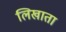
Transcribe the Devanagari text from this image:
लिखाता